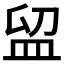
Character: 𥁚